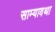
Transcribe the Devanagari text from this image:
साम्यावथा